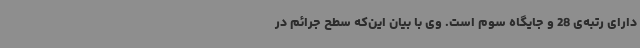
دارای رتبه‌ی 28 و جایگاه سوم است. وی با بیان این‌که سطح جرائم در